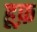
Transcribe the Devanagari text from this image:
हूफ़